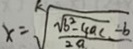
x = \sqrt [ k ] { \frac { \sqrt { b ^ { 2 } - 4 a c } - b } { 2 a } }